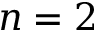
n = 2